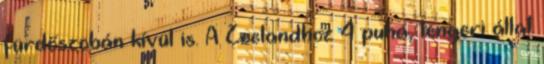
fürdőszobán kívül is. A Zeelandhoz 4 puha, tengeri állat